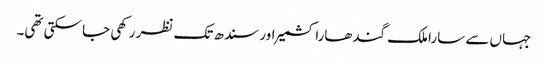
جہاں سے سارا ملک گندھارا کشمیر اور سندھ تک نظر رکھی جا سکتی تھی۔